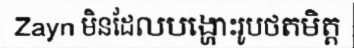
Zayn មិនដែលបង្ហោះរូបថតមិត្ត